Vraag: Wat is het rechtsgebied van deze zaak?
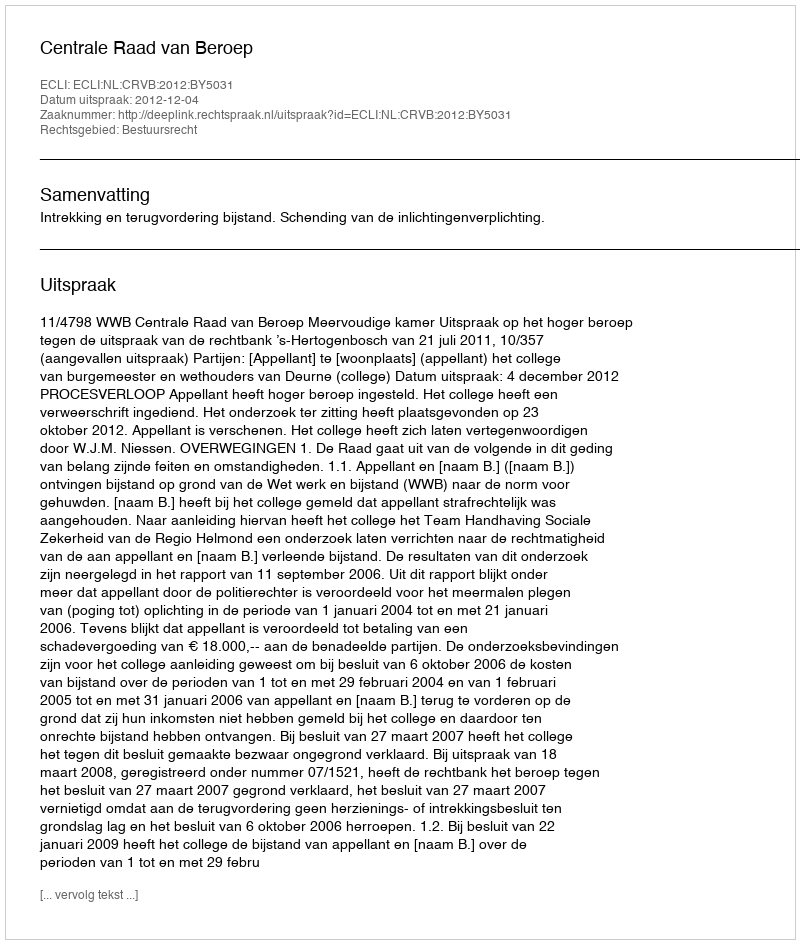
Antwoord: Bestuursrecht